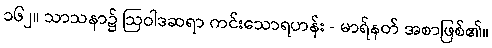
၁၆၂။ သာသနာ၌ ဩဝါဒဆရာ ကင်းသောရဟန်း - မာရ်နတ် အစာဖြစ်၏။